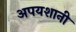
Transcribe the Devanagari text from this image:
अपयशानी